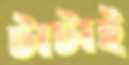
টাটাই